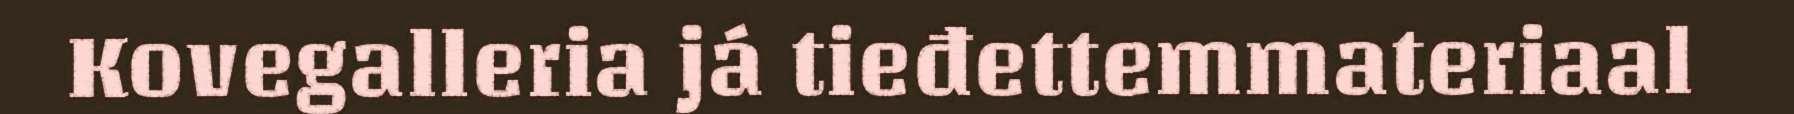
Kovegalleria já tieđettemmateriaal